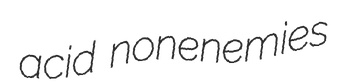
acid nonenemies